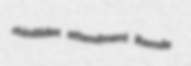
rhinitides attendment Remde